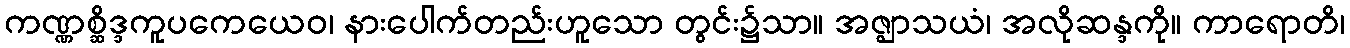
ကဏ္ဏစ္ဆိဒ္ဒကူပကေယေဝ၊ နားပေါက်တည်းဟူသော တွင်း၌သာ။ အဇ္ဈာသယံ၊ အလိုဆန္ဒကို။ ကာရောတိ၊